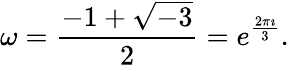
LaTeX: \omega={\frac{-1+{\sqrt{-3}}}{2}}=e^{\frac{2\pi\imath}{3}}.